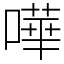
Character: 嘩